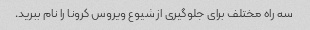
سه راه مختلف برای جلوگیری از شیوع ویروس کرونا را نام ببرید.